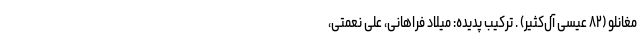
مغانلو (۸۲ عیسی آل‌کثیر) . ترکیب پدیده: میلاد فراهانی، علی نعمتی،